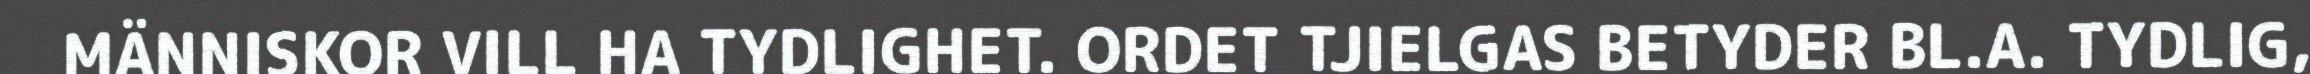
MÄNNISKOR VILL HA TYDLIGHET. ORDET TJIELGAS BETYDER BL.A. TYDLIG,